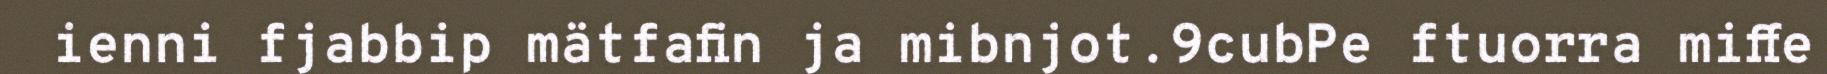
ienni fjabbip mätfafin ja mibnjot.9cubPe ftuorra miffe